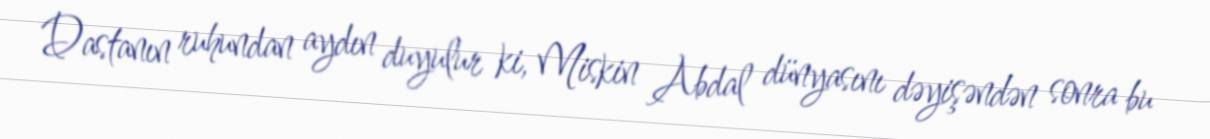
Dastanın ruhundan aydın duyulur ki, Miskin Abdal dünyasını dəyişəndən sonra bu